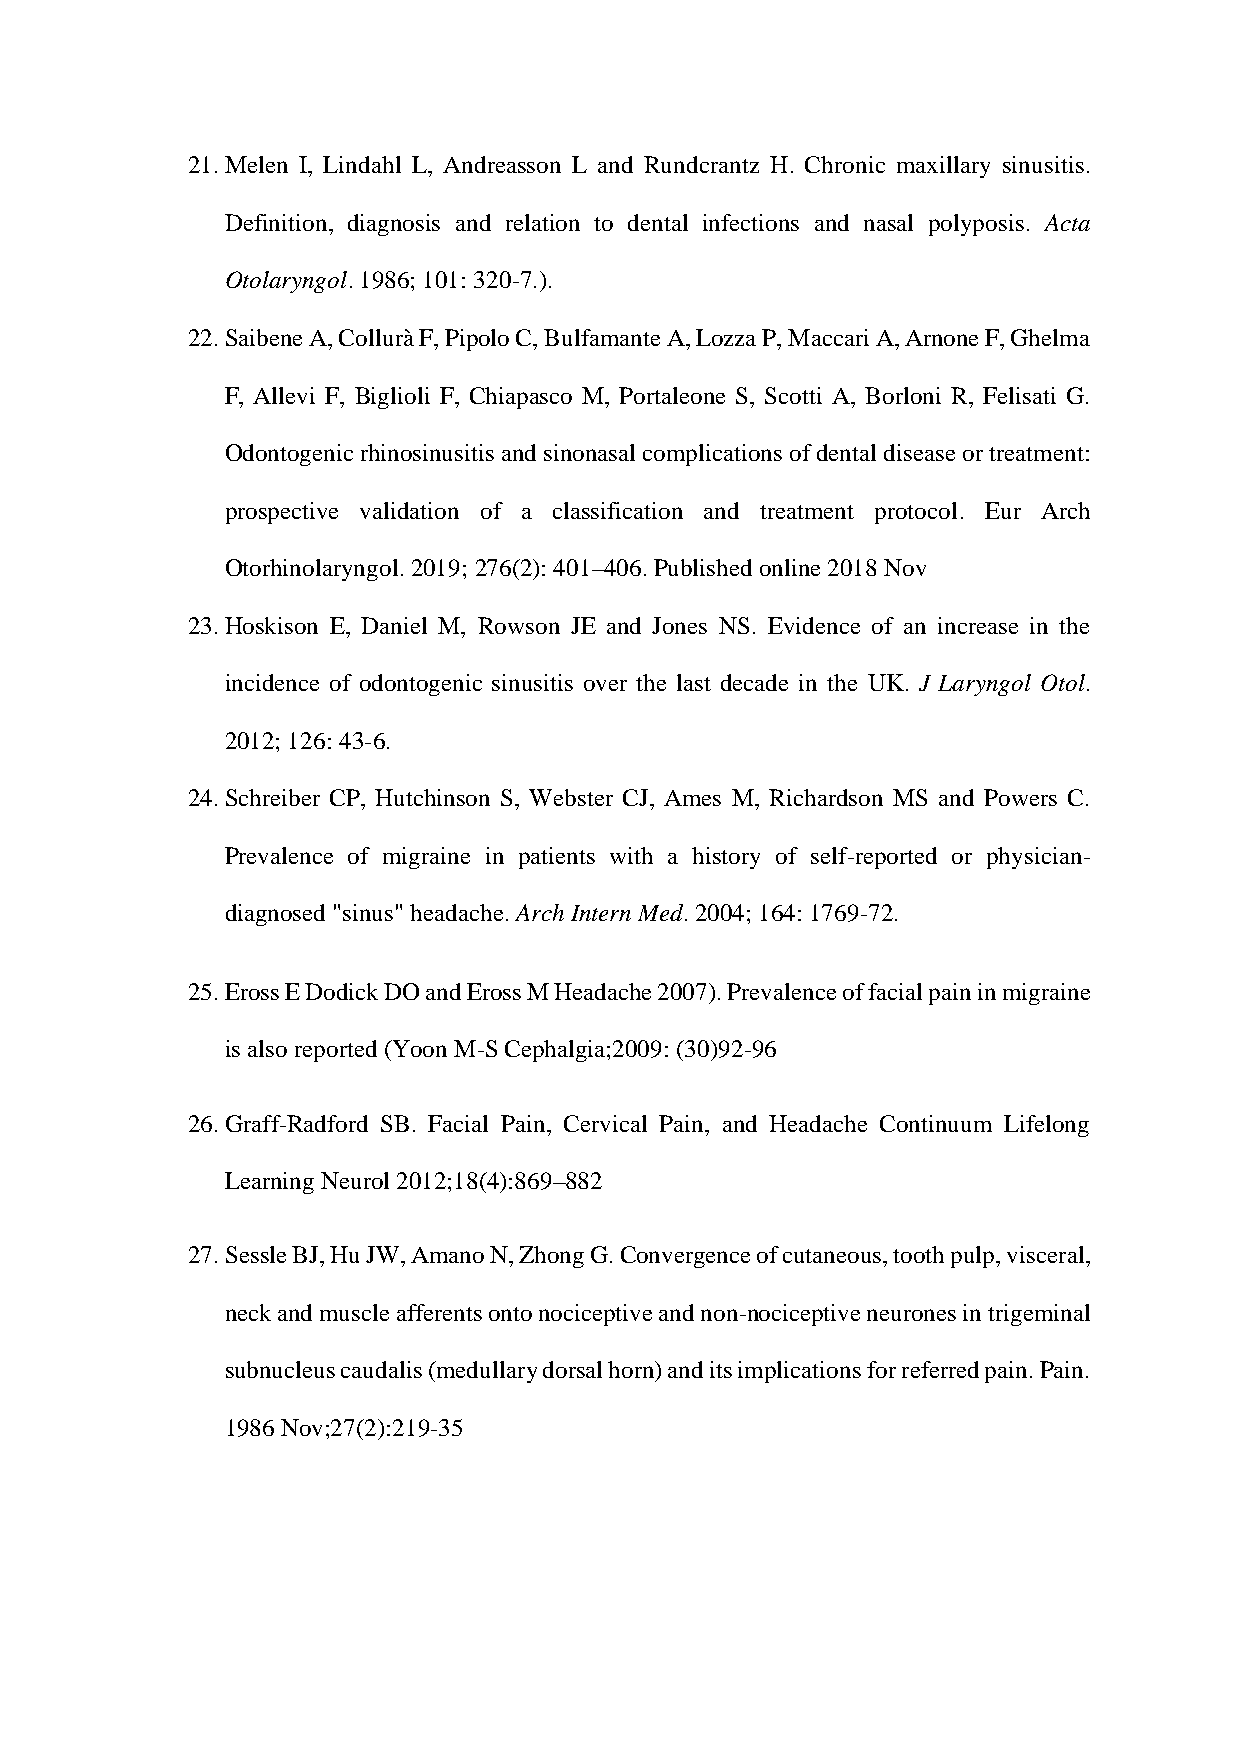
21. Melen I, Lindahl L, Andreasson L and Rundcrantz H. Chronic maxillary sinusitis.
 Definition, diagnosis and relation to dental infections and nasal polyposis. Acta
 Otolaryngol. 1986; 101: 320-7.).
 22. Saibene A, Collurà F, Pipolo C, Bulfamante A, Lozza P, Maccari A, Arnone F, Ghelma
 F, Allevi F, Biglioli F, Chiapasco M, Portaleone S, Scotti A, Borloni R, Felisati G.
 Odontogenic rhinosinusitis and sinonasal complications of dental disease or treatment:
 prospective validation of a classification and treatment protocol. Eur Arch
 Otorhinolaryngol. 2019; 276(2): 401–406. Published online 2018 Nov
 23. Hoskison E, Daniel M, Rowson JE and Jones NS. Evidence of an increase in the
 incidence of odontogenic sinusitis over the last decade in the UK. J Laryngol Otol.
 2012; 126: 43-6.
 24. Schreiber CP, Hutchinson S, Webster CJ, Ames M, Richardson MS and Powers C.
 Prevalence of migraine in patients with a history of self-reported or physician-
 diagnosed "sinus" headache. Arch Intern Med. 2004; 164: 1769-72.
 25. Eross E Dodick DO and Eross M Headache 2007). Prevalence of facial pain in migraine
 is also reported (Yoon M-S Cephalgia;2009: (30)92-96
 26. Graff-Radford SB. Facial Pain, Cervical Pain, and Headache Continuum Lifelong
 Learning Neurol 2012;18(4):869–882
 27. Sessle BJ, Hu JW, Amano N, Zhong G. Convergence of cutaneous, tooth pulp, visceral,
 neck and muscle afferents onto nociceptive and non-nociceptive neurones in trigeminal
 subnucleus caudalis (medullary dorsal horn) and its implications for referred pain. Pain.
 1986 Nov;27(2):219-35